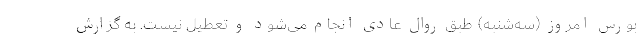
بورس امروز (سه‌شنبه) طبق روال عادی انجام می‌شود و تعطیل نیست. به گزارش